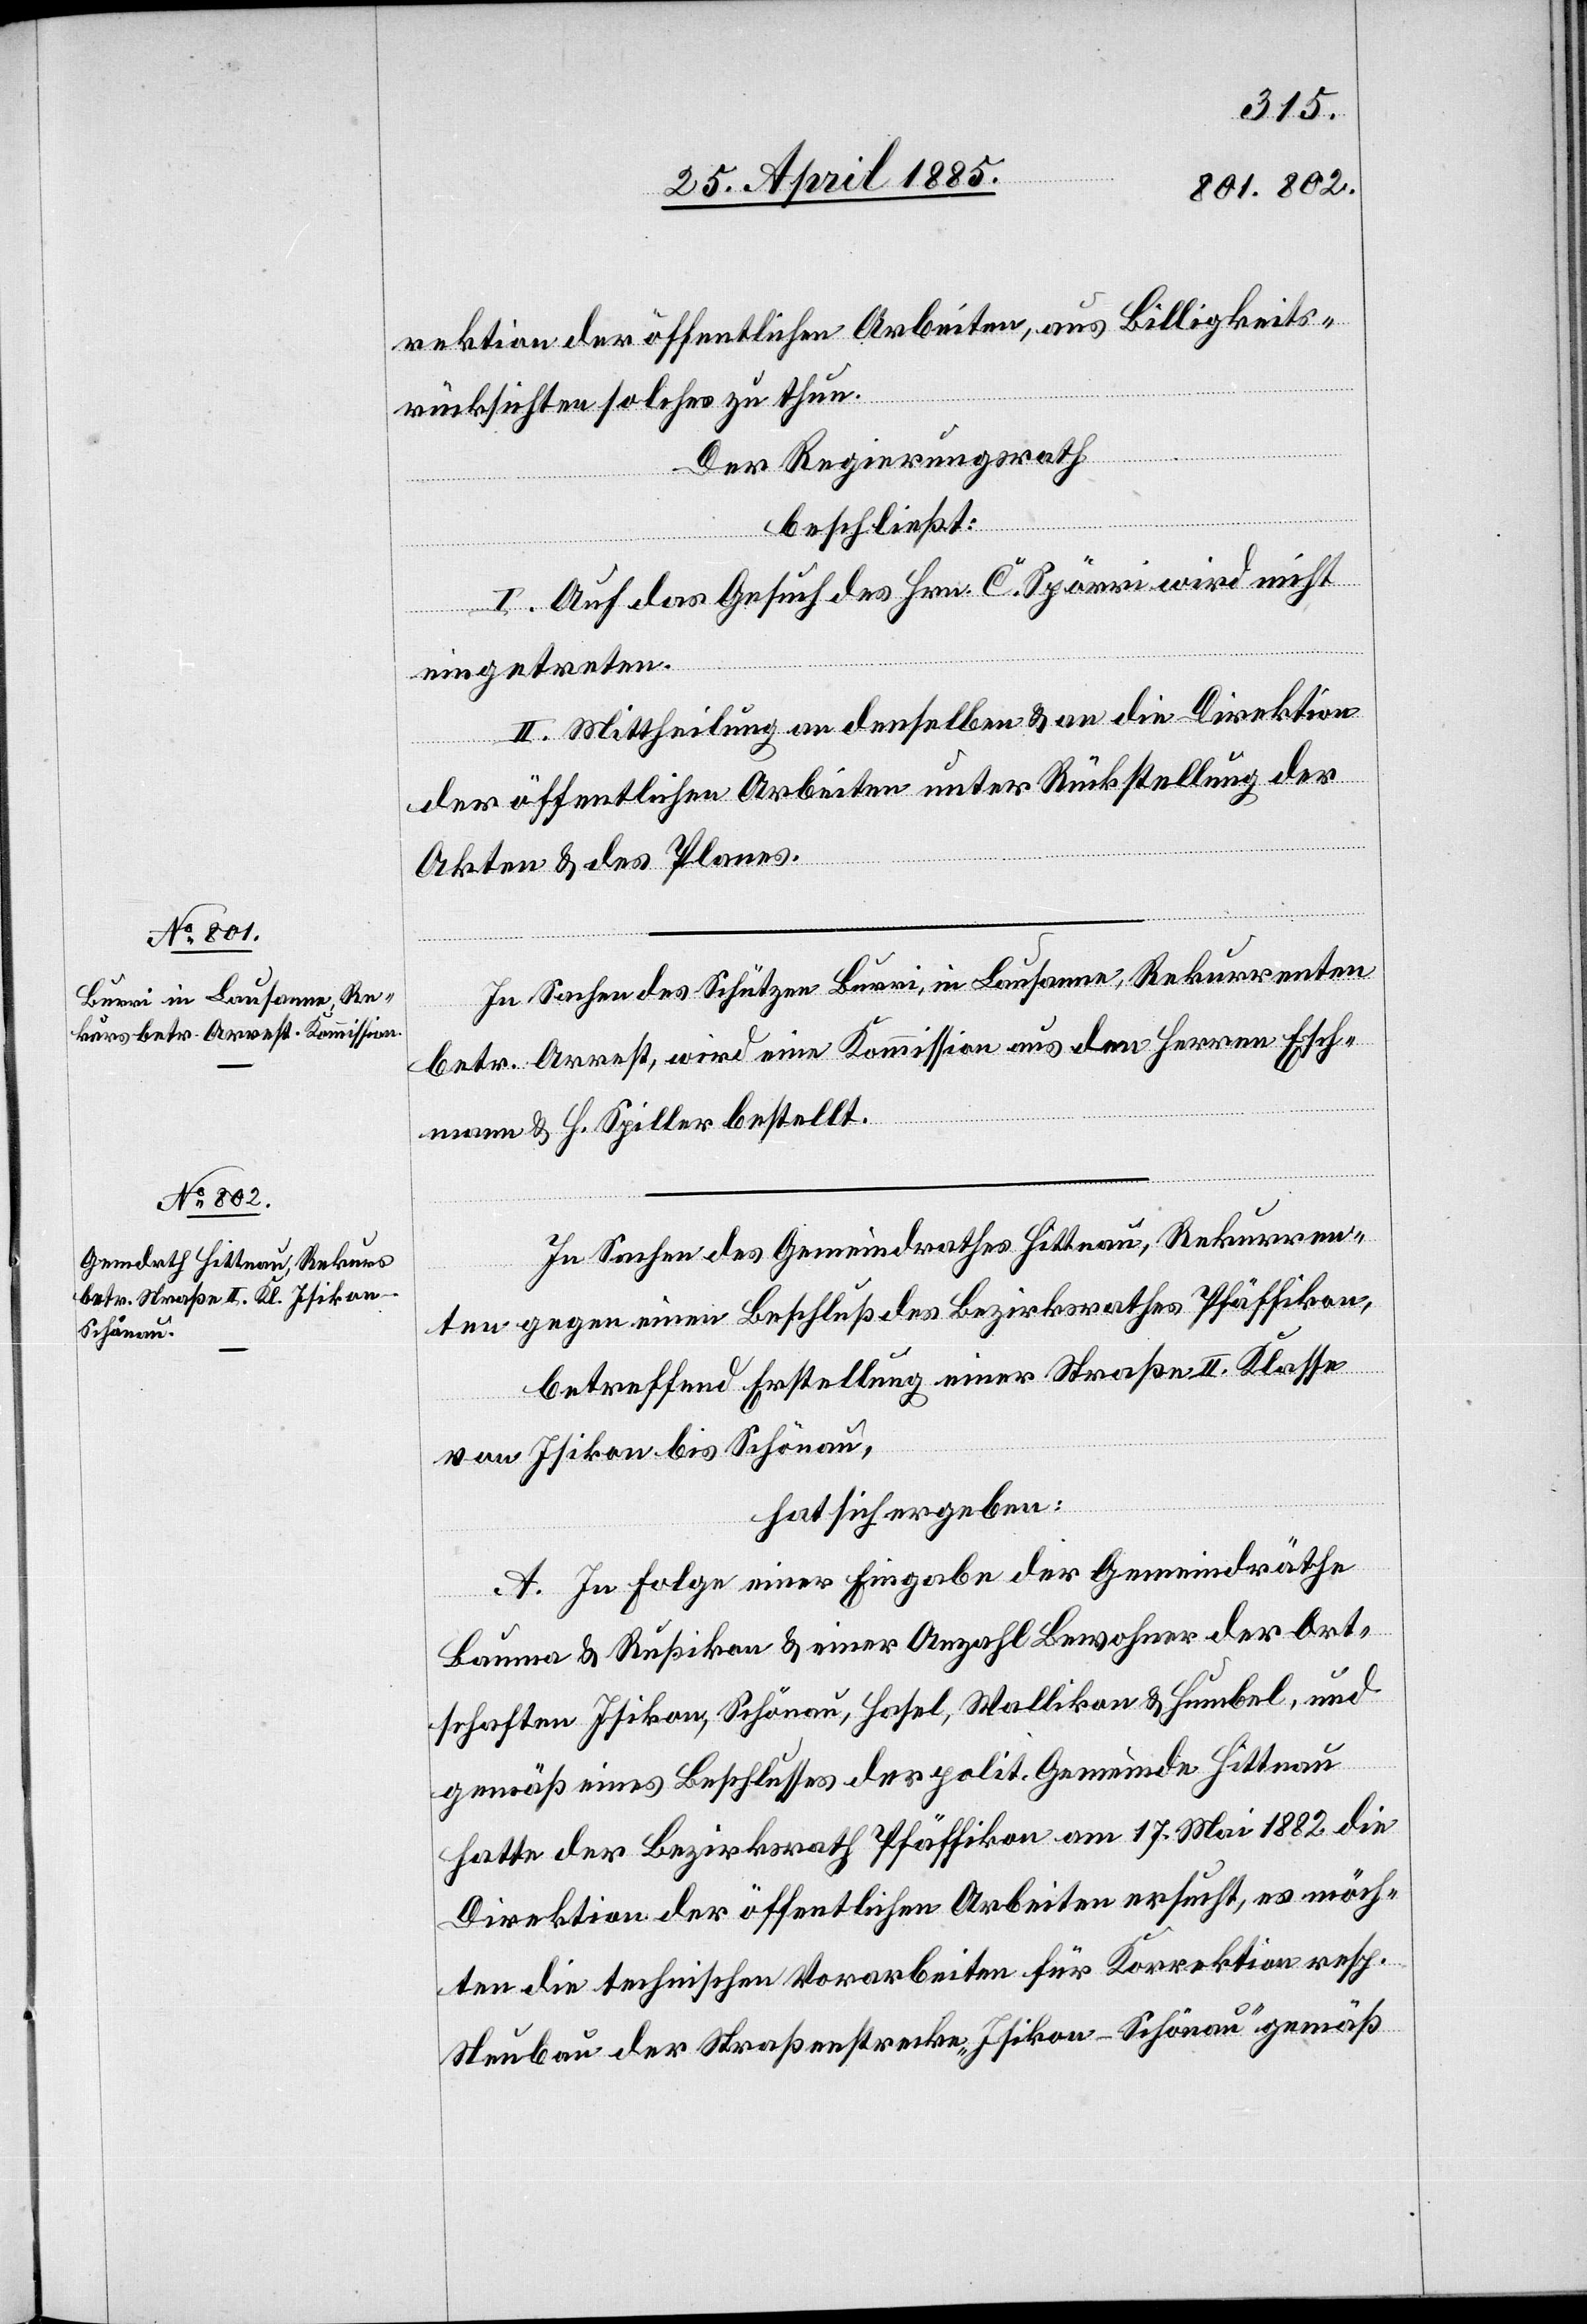
rektion der öffentlichen Arbeiten, aus Billigkeits¬
rücksichten solches zu thun.
Der Regierungsrath
beschließt:
I. Auf das Gesuch des Hrn. C. Spörri wird nicht
eingetreten.
II. Mittheilung an denselben & an die Direktion
der öffentlichen Arbeiten unter Rückstellung der
Akten & des Planes.
In Sachen des Schützen Burri, in Lausanne, Rekurrenten
betr. Arrest, wird eine Kommission aus den Herren Esch¬
mann & H. Spiller bestellt.
In Sachen des Gemeindrathes Hittnau, Rekurren¬
ten gegen einen Beschluß des Bezirksrathes Pfäffikon,
betreffend Erstellung einer Straße II. Klasse
von Isikon bis Schönau,
hat sich ergeben:
A. In Folge einer Eingabe der Gemeindräthe
Bauma & Rußikon & einer Anzahl Bewohner der Ort¬
schaften Isikon, Schönau, Hasel, Wallikon & Humbel, und
gemäß eines Beschlusses der polit. Gemeinde Hittnau
hatte der Bezirksrath Pfäffikon am 17. Mai 1882 die
Direktion der öffentlichen Arbeiten ersucht, es möch¬
ten die technischen Vorarbeiten für Korrektion resp.
Neubau der Straßenstrecke „Isikon–Schönau“ gemäß